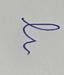
Signature authenticity: forged